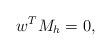
LaTeX: \begin{align*}w^TM_{h} = 0,\end{align*}